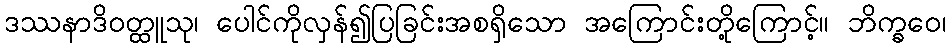
ဒဿနာဒိဝတ္ထူသု၊ ပေါင်ကိုလှန်၍ပြခြင်းအစရှိသော အကြောင်းတို့ကြောင့်။ ဘိက္ခဝေ၊